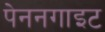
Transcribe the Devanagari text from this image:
पेननगाइट